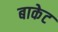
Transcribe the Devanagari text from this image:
बाकेट